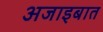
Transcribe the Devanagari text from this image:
अजाइबात